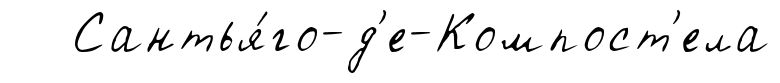
Сантья́го-д'е-Компост'ела